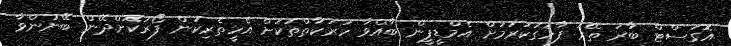
އޮގަސްޓް ބާރަ ތޭރަ ފާހަގަކުރުމަށް އެމްޑީޕީން ބާއްވާ ހަރަކާތްތަކަށް އެހީތެރިކަން ފޯރުކޮށްދޭން ބޭނުންވާ